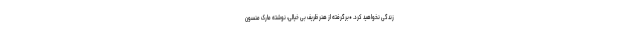
زندگی نخواهید کرد. *برگرفته از هنر ظریف بی خیالی، نوشته مارک منسون